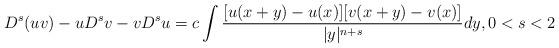
LaTeX: \begin{align*} D ^{s}(uv)-uD ^{s}v-vD ^{s}u = c\int \frac{[u(x+y)-u(x)][v(x+y)-v(x)]}{|y|^{n+s}}dy, 0<s<2\end{align*}